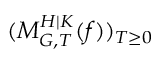
( M _ { G , T } ^ { H | K } ( f ) ) _ { T \geq 0 }